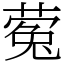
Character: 蒬